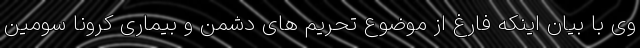
وی با بیان اینکه فارغ از موضوع تحریم های دشمن و بیماری کرونا سومین